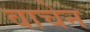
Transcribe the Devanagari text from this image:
वाचेन